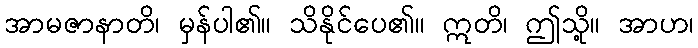
အာမဇာနာတိ၊ မှန်ပါ၏။ သိနိုင်ပေ၏။ ဣတိ၊ ဤသို့။ အာဟ၊